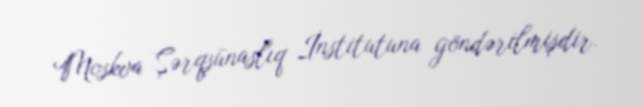
Moskva Şərqşünaslıq İnstitutuna göndərilmişdir.